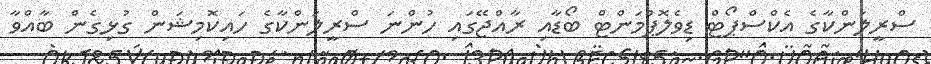
ސްރީލަންކާގެ އެކްސްޕޯޓް ޑިވެލޮޕްމަންޓް ބޯޑާއި ރާއްޖޭގައި ހުންނަ ސްރީލަންކާގެ ހައިކޮމިޝަން ގުޅިގެން ބާއްވާ